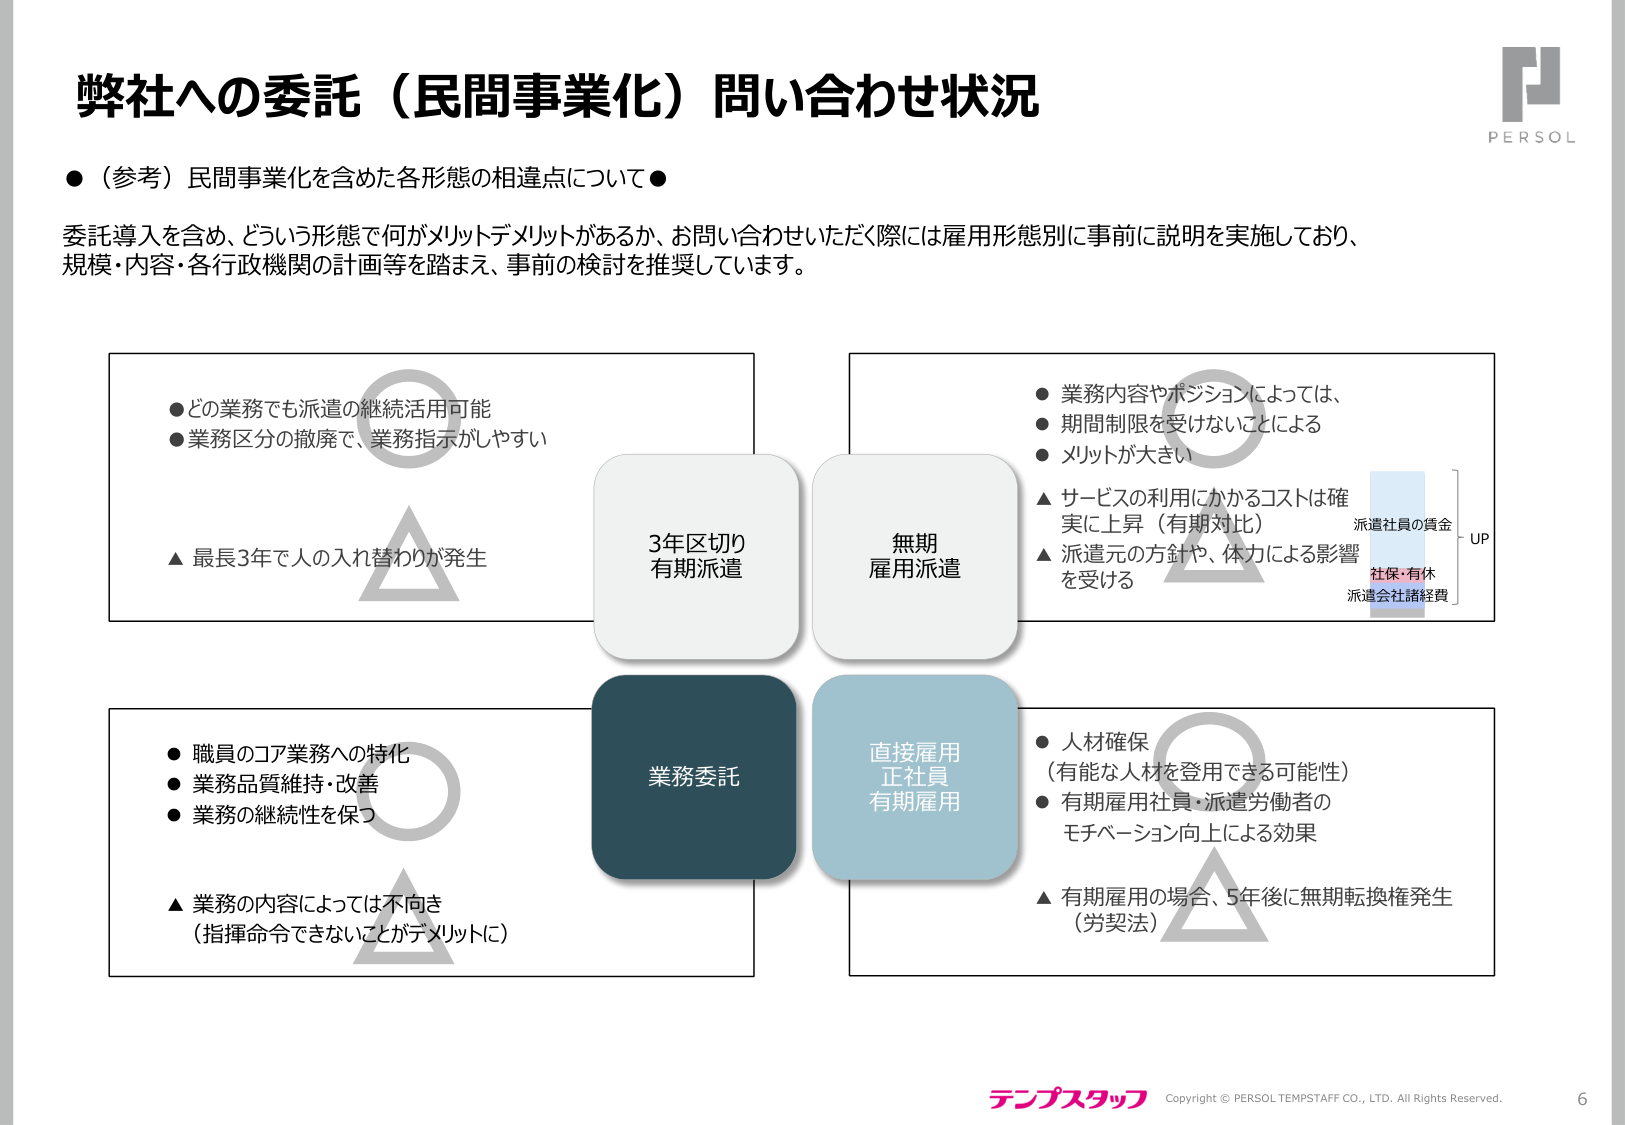
弊社への委託（民間事業化）問い合わせ状況

●（参考）民間事業化を含めた各形態の相違点について●

委託導入を含め、どういう形態で何がメリットデメリットがあるか、お問い合わせいただく際には雇用形態別に事前に説明を実施しており、
規模・内容・各行政機関の計画等を踏まえ、事前の検討を推奨しています。

●どの業務でも派遣の継続活用可能
●業務区分の撤廃で、業務指示がしやすい
▲最長3年で人の入れ替わりが発生

3年区切り
有期派遣

無期
雇用派遣

●業務内容やポジションによっては、
●期間制限を受けないことによる
●メリットが大きい
▲サービスの利用にかかるコストは確
実に上昇（有期対比）
▲派遣元の方針や、体力による影響
を受ける

派遣社員の賃金
UP
社保・有休
派遣会社諸経費

●職員のコア業務への特化
●業務品質維持・改善
●業務の継続性を保つ
▲業務の内容によっては不向き
（指揮命令できないことがデメリットに）

業務委託

直接雇用
正社員
有期雇用

●人材確保
（有能な人材を登用できる可能性）
●有期雇用社員・派遣労働者の
モチベーション向上による効果
▲有期雇用の場合、5年後に無期転換権発生
（労契法）

テンプスタッフ
Copyright © PERSOL TEMPSTAFF CO., LTD. All Rights Reserved.
6

PERSOL